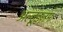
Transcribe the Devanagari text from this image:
अल्ट्रूइज़म